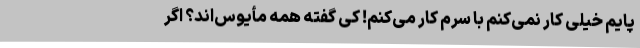
پایم خیلی کار نمی‌کنم با سرم کار می‌کنم! کی گفته همه مأیوس‌اند؟ اگر